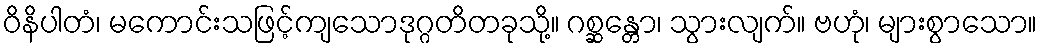
ဝိနိပါတံ၊ မကောင်းသဖြင့်ကျသောဒုဂ္ဂတိတခုသို့။ ဂစ္ဆန္တော၊ သွားလျက်။ ဗဟုံ၊ များစွာသော။